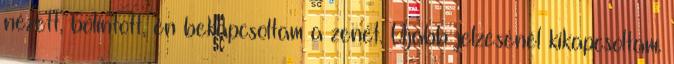
nézett, bólintott, én bekapcsoltam a zenét. Újabb jelzésénél kikapcsoltam.